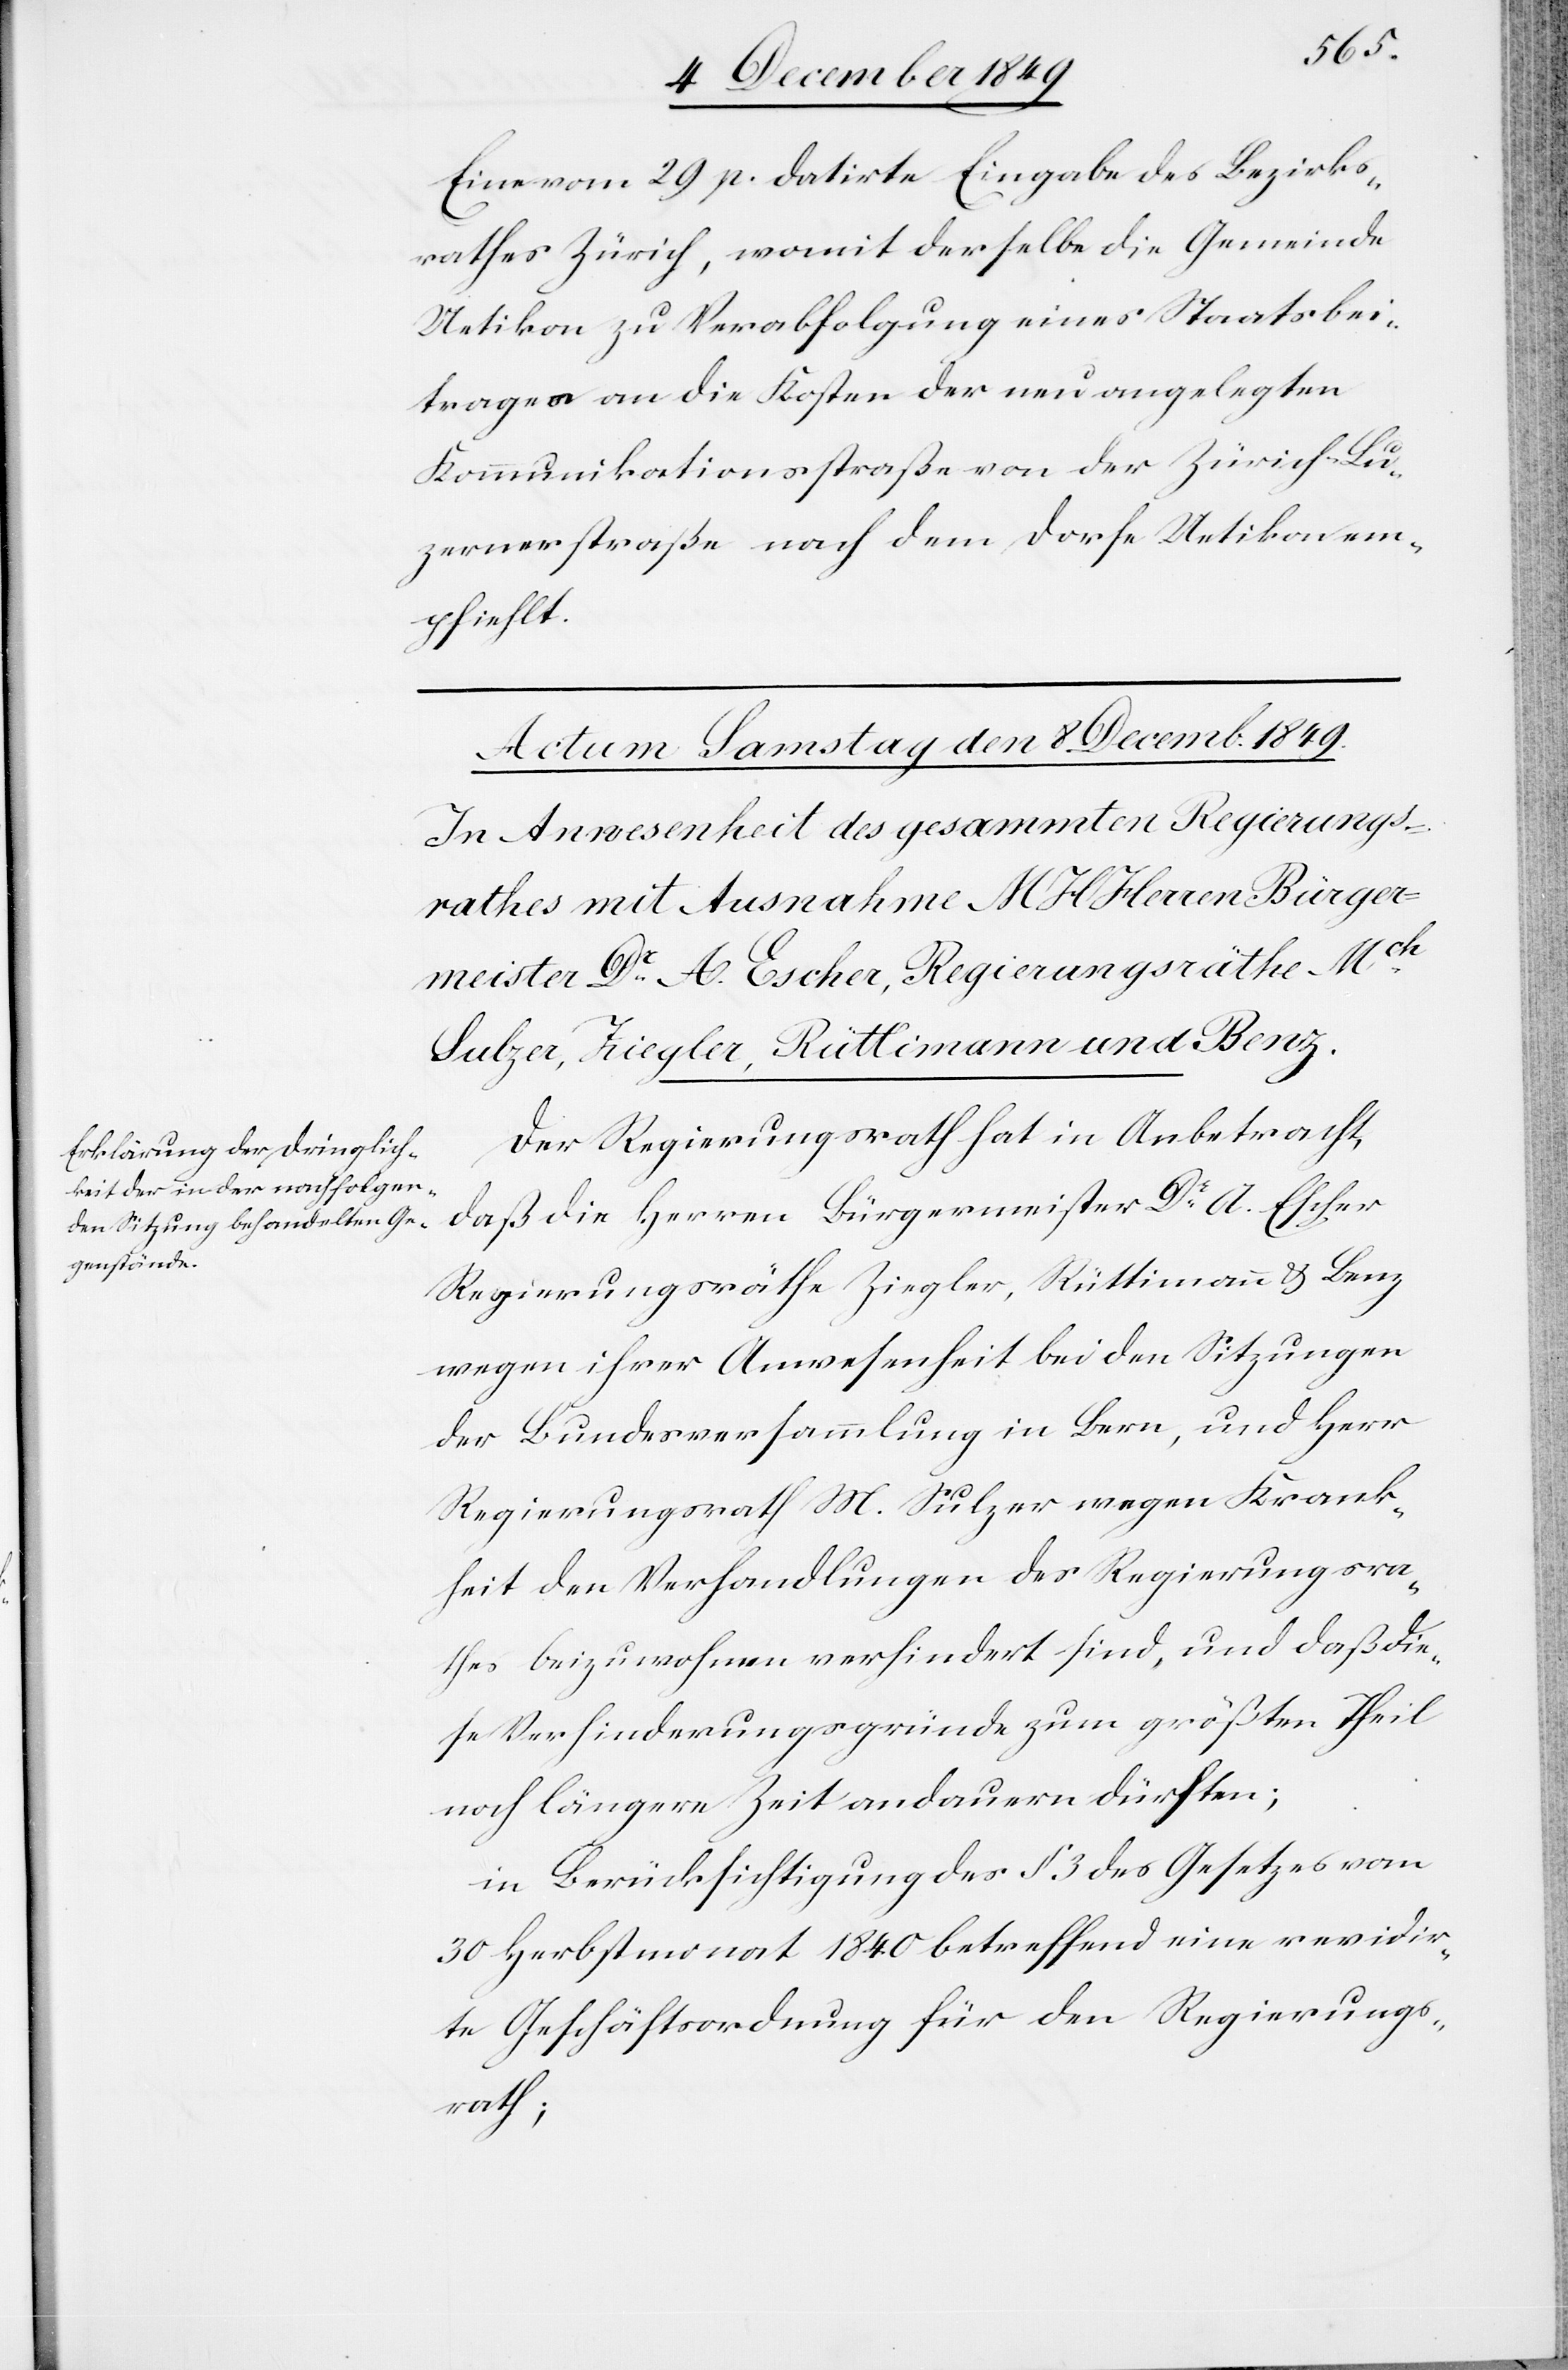
Eine vom 29 p. datirte Eingabe des Bezirks¬
rathes Zürich, womit derselbe die Gemeinde
Uetikon zu Verabfolgung eines Staatsbei¬
trages an die Kosten der neu angelegten
Kommunikationsstraßen von der Zürich-Lu¬
zernerstraße nach dem Dorfe Uetikon em¬
pfiehlt.
Der Regierungsrath hat in Anbetracht,
daß die Herren Bürgermeister Dr A. Escher
Regierungsräthe Ziegler, Rüttimann u. Benz
wegen ihrer Anwesenheit bei den Sitzungen
der Bundesversammlung in Bern, und Herr
Regierungsrath M. Sulzer wegen Krank¬
heit den Verhandlungen des Regierungsra¬
thes beizuwohnen verhindert sind, und daß die¬
se Verhinderungsgründe zum größten Theil
noch längere Zeit andauern dürften;
in Berücksichtigung des § 3 des Gesetzes vom
30 Herbstmonat 1840 betreffend eine revidir¬
te Geschäftsordnung für den Regierungs¬
rath;